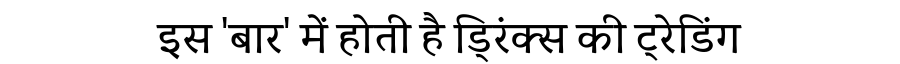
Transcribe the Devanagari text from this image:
इस 'बार' में होती है ड्रिंक्स की ट्रेडिंग